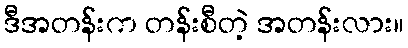
ဒီအတန်းက တန်းစီတဲ့ အတန်းလား။